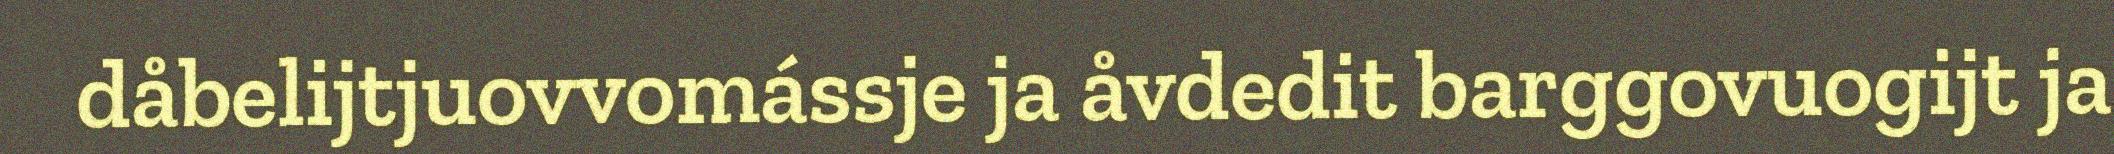
dåbelijtjuovvomássje ja åvdedit barggovuogijt ja